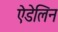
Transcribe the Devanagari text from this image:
ऐडेलिन